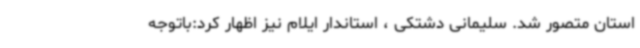
استان متصور شد. سلیمانی دشتکی ، استاندار ایلام نیز اظهار کرد:باتوجه